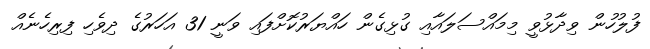
ފުލުހުން ވިދާޅުވީ މިމައްސަލައާއި ގުޅިގެން ހައްޔަރުކޮށްފައި ވަނީ 31 އަހަރުގެ ދިވެހި ފިރިހެނެއް